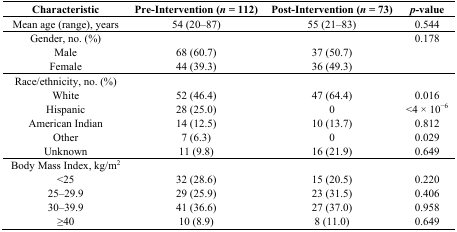
| Characteristic | Pre-Intervention (n = 112) | Post-Intervention (n = 73) | p-value |
 | --- | --- | --- | --- |
 | Mean age (range), years | 54 (20–87) | 55 (21–83) | 0.544 |
 | Gender, no. (%) |  |  | 0.178 |
 | Male | 68 (60.7) | 37 (50.7) |  |
 | Female | 44 (39.3) | 36 (49.3) |  |
 | Race/ethnicity, no. (%) |  |  |  |
 | White | 52 (46.4) | 47 (64.4) | 0.016 |
 | Hispanic | 28 (25.0) | 0 | <4 × 10−6 |
 | American Indian | 14 (12.5) | 10 (13.7) | 0.812 |
 | Other | 7 (6.3) | 0 | 0.029 |
 | Unknown | 11 (9.8) | 16 (21.9) | 0.649 |
 | Body Mass Index, kg/m2 |  |  |  |
 | <25 | 32 (28.6) | 15 (20.5) | 0.220 |
 | 25–29.9 | 29 (25.9) | 23 (31.5) | 0.406 |
 | 30–39.9 | 41 (36.6) | 27 (37.0) | 0.958 |
 | ≥40 | 10 (8.9) | 8 (11.0) | 0.649 |